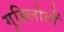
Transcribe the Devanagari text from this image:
गुहिलोतों